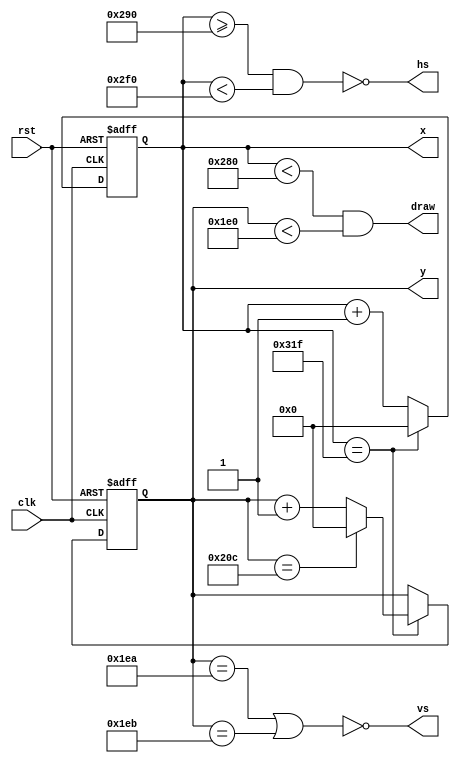
/*
   Copyright 2018 Ali Raheem <ali.raheem@gmail.com>

   Licensed under the Apache License, Version 2.0 (the "License");
   you may not use this file except in compliance with the License.
   You may obtain a copy of the License at

       http://www.apache.org/licenses/LICENSE-2.0

   Unless required by applicable law or agreed to in writing, software
   distributed under the License is distributed on an "AS IS" BASIS,
   WITHOUT WARRANTIES OR CONDITIONS OF ANY KIND, either express or implied.
   See the License for the specific language governing permissions and limitations under the License.
*/

module vga (clk, rst, hs, vs, draw, x, y);
   localparam width = 800;
   localparam height = 525;
   
   input clk;
   input rst;
   output vs;
   output hs;
   output wire draw;
   output reg [$clog2(width + 1) - 1:0] x;
   output reg [$clog2(height + 1) - 1:0] y;

   always @ (posedge clk, posedge rst) begin
      if (rst) begin
	 x <= 0;
	 y <= 0;
      end
      else begin
	 if (x == width - 1) begin
	    x <= 0;
	    if (y == height - 1)
	      y <= 0;
	    else
	      y <= y + 1;
	 end
	 else
	   x <= x + 1;
      end
   end

   assign draw = (x < 640) && (y < 480);
   assign hs = ~((x >= 656) && (x < 752));
   assign vs = ~((y == 490) || (y == 491)); 
endmodule // vgs